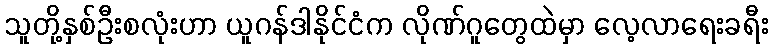
သူတို့နှစ်ဦးစလုံးဟာ ယူဂန်ဒါနိုင်ငံက လိုဏ်ဂူတွေထဲမှာ လေ့လာရေးခရီး